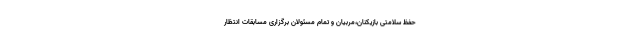
حفظ سلامتی بازیکنان،مربیان و تمام مسئولان برگزاری مسابقات انتظار